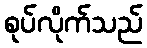
စုပ်လိုက်သည်